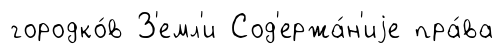
городко́в З'емл'и Сод'ержа́н'иjе пра́ва